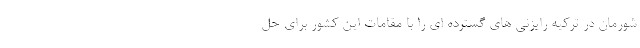
شورمان در ترکیه رایزنی های گسترده ای را با مقامات این کشور برای حل